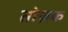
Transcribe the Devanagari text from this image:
तोज़क